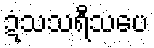
ဍံသသရီသပေ